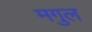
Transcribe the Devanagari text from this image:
मगुल